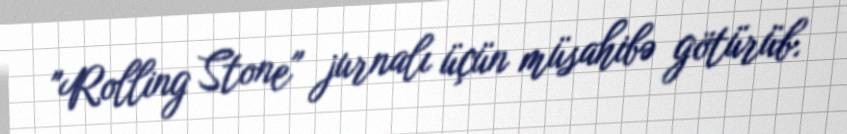
"Rolling Stone" jurnalı üçün müsahibə götürüb.